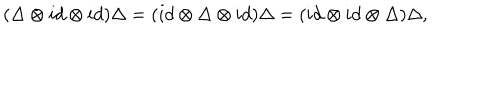
LaTeX: ( \Delta \otimes i d \otimes i d ) \Delta = ( i d \otimes \Delta \otimes i d ) \Delta = ( i d \otimes i d \otimes \Delta ) \Delta ,